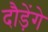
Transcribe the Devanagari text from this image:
दौड़ेंगे